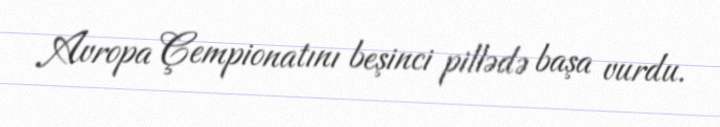
Avropa Çempionatını beşinci pillədə başa vurdu.